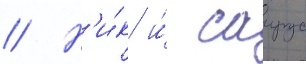
// Н'и́к и́ саирус